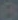
6